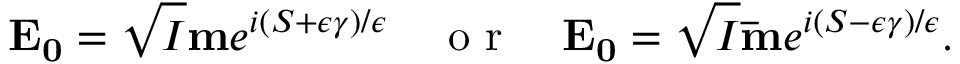
\mathbf { E _ { 0 } } = \sqrt { I } \mathbf { m } e ^ { i ( S + \epsilon \gamma ) / \epsilon } \quad \mathrm { ~ o ~ r ~ } \quad \mathbf { E _ { 0 } } = \sqrt { I } \mathbf { \bar { m } } e ^ { i ( S - \epsilon \gamma ) / \epsilon } .